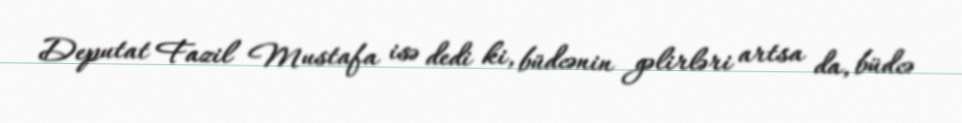
Deputat Fazil Mustafa isə dedi ki, büdcənin gəlirləri artsa da, büdcə